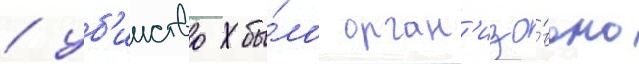
/ уб'ииство бы́ло орган'изо́вано